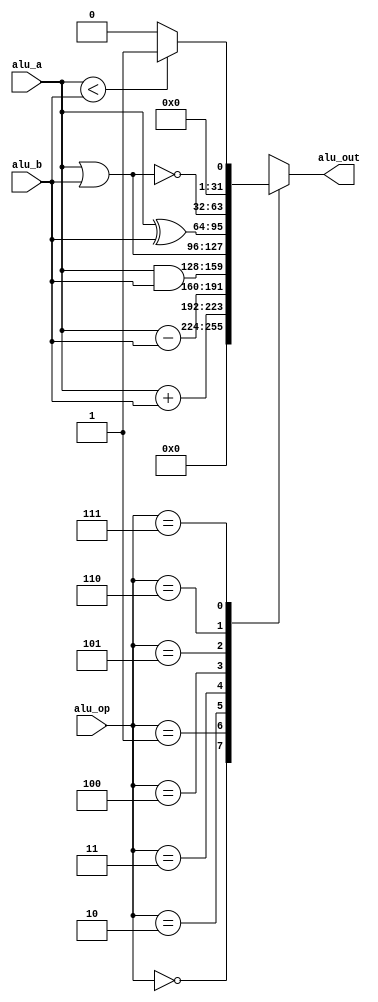
`timescale 1ns / 1ps
//////////////////////////////////////////////////////////////////////////////////
// Company: 
// Engineer: 
// 
// Design Name: 
// Module Name:    ALU 
// Project Name: 
// Target Devices: 
// Tool versions: 
// Description: 
//
// Dependencies: 
//
// Revision: 
// Revision 0.01 - File Created
// Additional Comments: 
//
//////////////////////////////////////////////////////////////////////////////////

module ALU(
   input signed [31:0] alu_a,
   input signed [31:0] alu_b,
   input [2:0] alu_op,
   output reg [31:0] alu_out
   );
	
	parameter	A_NOP	= 0;	// 	
	parameter	A_ADD	= 1;	//
	parameter	A_SUB	= 2;	//
	parameter	A_AND = 3;	//
	parameter	A_OR  = 4;	//
	parameter	A_XOR = 5;	//
	parameter	A_NOR = 6;	//
	parameter	A_SLT = 7; 	//
	
	always@(*)
	begin
		case(alu_op)
			A_NOP:alu_out = 31'b0;
			A_ADD:alu_out = alu_a + alu_b;
			A_SUB:alu_out = alu_a - alu_b;
			A_AND:alu_out = alu_a & alu_b;
			A_OR:	alu_out = alu_a | alu_b;
			A_XOR:alu_out = alu_a ^ alu_b;
			A_NOR:alu_out = ~(alu_a | alu_b);
			A_SLT:alu_out = alu_a < alu_b ? 1 : 0;
		endcase
	end

endmodule